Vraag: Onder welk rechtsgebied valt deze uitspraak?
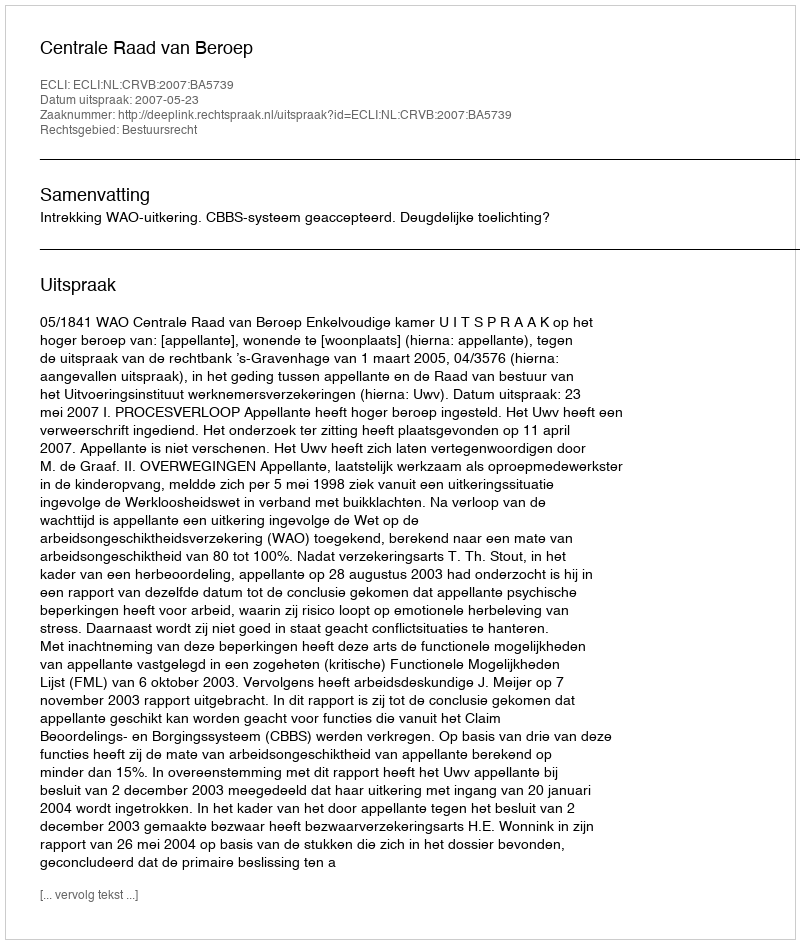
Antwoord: Bestuursrecht